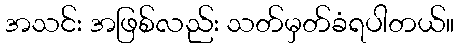
အသင်း အဖြစ်လည်း သတ်မှတ်ခံရပါတယ်။